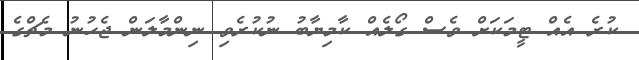
ކުރެ އެއް ޓީމަކަށް ވެސް ގޯލެއް ކާމިޔާބު ނުކުރެވި ނިންމާލަން ޖެހުނު މެޗްގެ